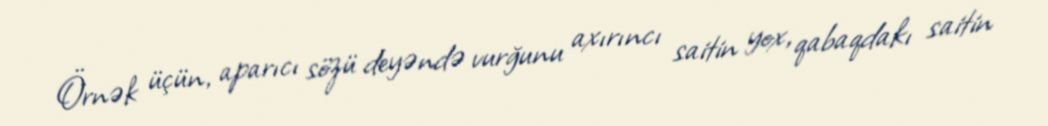
Örnək üçün, aparıcı sözü deyəndə vurğunu axırıncı saitin yox, qabaqdakı saitin